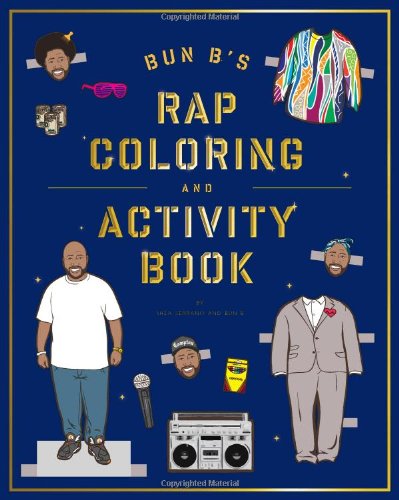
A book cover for Bun B's Rapper Coloring and Activity Book; Shea Serrano; Comics & Graphic Novels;